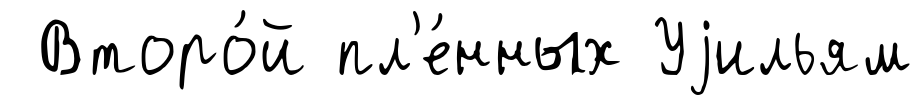
Второ́й пл'е́нных Уjильям